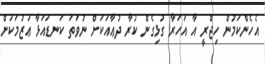
އެހެންކަމުން ހިޖްރީ އާ އަހަރާ ގުޅިގެން ކުރާ ދުޢާއަކަށް ނުވަތަ ކަނޑައަޅާ ޢަޒުމަކަށް